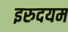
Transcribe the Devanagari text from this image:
इरुदयम